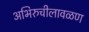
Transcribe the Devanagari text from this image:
अभिरुचीलावळण